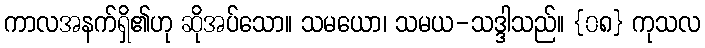
ကာလအနက်ရှိ၏ဟု ဆိုအပ်သော။ သမယော၊ သမယ-သဒ္ဒါသည်။ {၀၈} ကုသလ